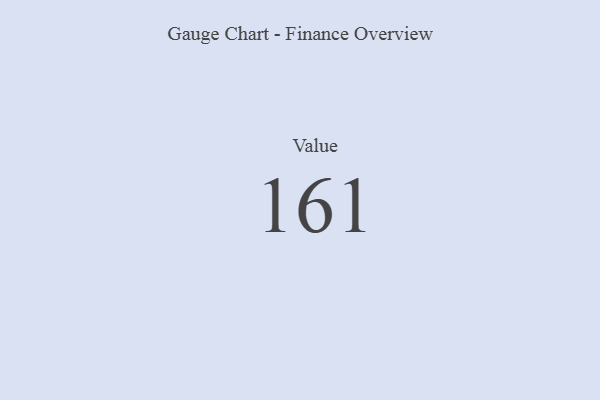
{"axis": {"x": "Metric", "y": "Value"}, "legend": [""], "data": [{"x": "Value", "y": 161, "type": ""}]}